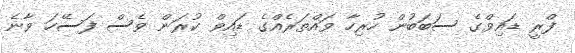
ފްރީ ޑައިވްގެ ސަބަބުން ހުރިހާ ވައްތަރެއްގެ ޑައިވް ކުރަން ވެސް ފަސޭހަ ވާނެ